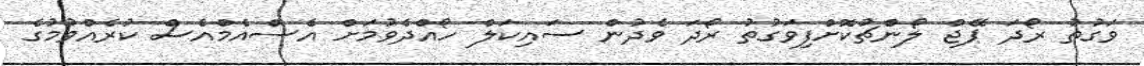
ވަގުތު ރޯދަ ޕޭޖް ލޯންޗުކޮށްފިވަގުތު ރޯދަ ވެދުން ސައިކަލް ހޯއްދެވުމަށް އެސްއެމްއެސް ކުރެއްވުމުގެ